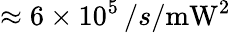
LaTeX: \approx 6\times 10^{5}\, /s/\mathrm{mW}^{2}